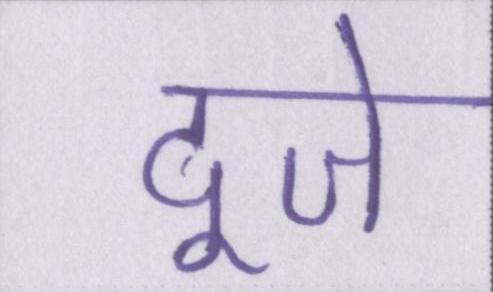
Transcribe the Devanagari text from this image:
दूजे